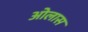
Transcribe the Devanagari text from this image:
ओलास